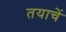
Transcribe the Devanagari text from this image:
तयाचें